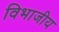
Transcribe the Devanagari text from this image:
विभाजीय